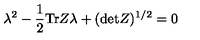
\lambda ^ { 2 } - { \frac { 1 } { 2 } } \mathrm { T r } Z \lambda + ( \mathrm { d e t } Z ) ^ { 1 / 2 } = 0